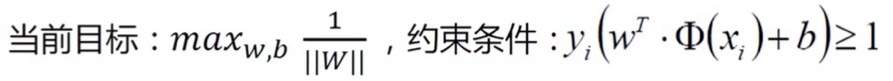
当前目标：$\max_{w,b} \frac{1}{\|W\|}$，约束条件：$y_i(w^T\cdot\Phi(x_i)+b)\geq1$